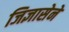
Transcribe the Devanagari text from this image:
जिज्ञासेने